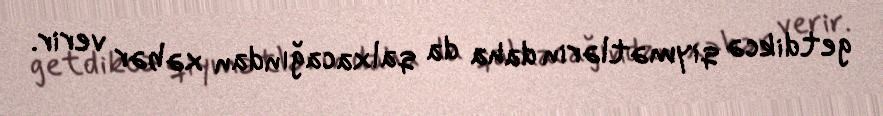
getdikcə qiymətlərin daha da qalxacağından xəbər verir.